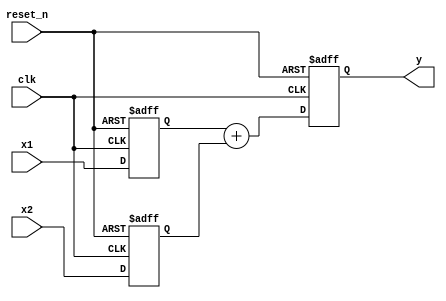

module sumador 
	#(
		parameter Q1 = 26,
		parameter Q2 = 26
	)
	
	(
		input clk,
		input reset_n,
		input [Q1-1:0] x1,
		input [Q2-1:0] x2,
		output reg [Q1:0] y
	);
	
reg [Q1-1:0] x1_reg;
reg [Q2-1:0] x2_reg;

always @ (posedge clk or negedge reset_n)
begin

	if(!reset_n)
	begin	
		x1_reg <= 0;
		x2_reg <= 0;		
		y <= 0;
	end
	else
	begin

		x1_reg <= x1;
		x2_reg <= x2;		

		y <= x1_reg + x2_reg;
	
	end
end

endmodule